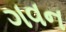
ગવન